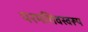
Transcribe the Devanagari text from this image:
परमशिवस्वरूप